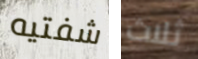
شفتيه ثلاث